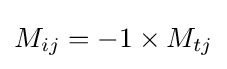
M_{ij}=-1\times M_{tj}